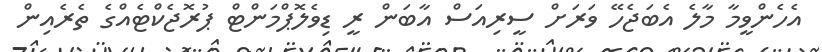
އެހެންވީމާ މާލެ އެބަޖެހޭ ވަރަށް ސީރިއަސް އާބަން ރީ ޑިވެލޮޕްމަންޓް ޕުރޮޖެކްޓެއްގެ ތެރެއިން